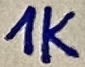
Text: 1K